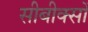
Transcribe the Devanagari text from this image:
सीबीक्सों